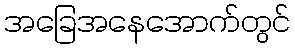
အခြေအနေအောက်တွင်